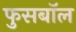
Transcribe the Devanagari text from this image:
फुसबॉल